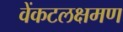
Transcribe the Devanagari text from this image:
वेंकटलक्षमण